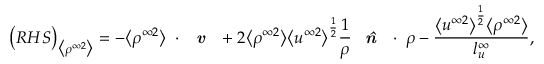
\big ( R H S \big ) _ { \big < \rho ^ { \infty 2 } \big > } = - \big < \rho ^ { \infty 2 } \big > \mathbf { \nabla } \cdot \textbf { \emph { v } } + 2 \big < \rho ^ { \infty 2 } \big > \big < u ^ { \infty 2 } \big > ^ { \frac { 1 } { 2 } } \frac { 1 } { \rho } \textbf { \emph { \^ n } } \cdot \mathbf { \nabla } \rho - \frac { \big < u ^ { \infty 2 } \big > ^ { \frac { 1 } { 2 } } \big < \rho ^ { \infty 2 } \big > } { l _ { u } ^ { \infty } } ,